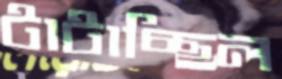
টাটাচ্ছিল